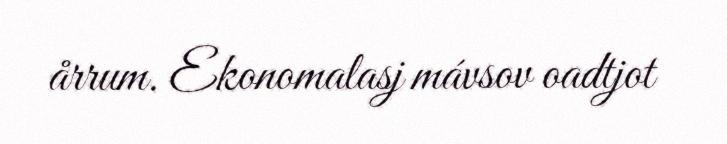
årrum. Ekonomalasj mávsov oadtjot